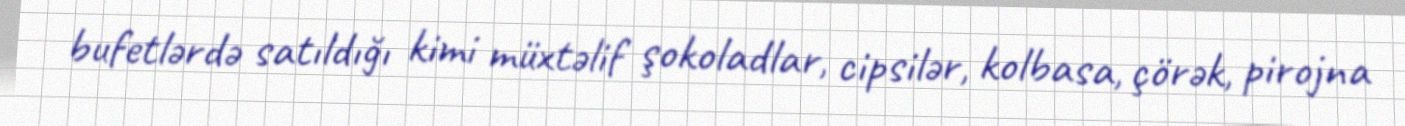
bufetlərdə satıldığı kimi müxtəlif şokoladlar, cipsilər, kolbasa, çörək, pirojna